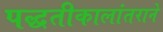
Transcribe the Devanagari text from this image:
पद्धतीकालांतराने